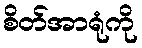
စိတ်အာရုံကို